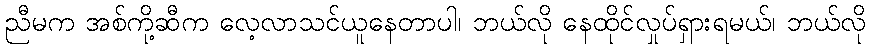
ညီမက အစ်ကို့ဆီက လေ့လာသင်ယူနေတာပါ၊ ဘယ်လို နေထိုင်လှုပ်ရှားရမယ်၊ ဘယ်လို